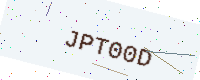
Text: JPT00D